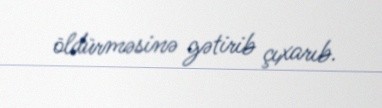
öldürməsinə gətirib çıxarıb.